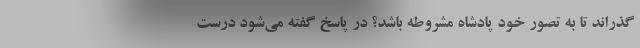
گذراند تا به تصور خود پادشاه مشروطه باشد؟ در پاسخ گفته می‌شود درست